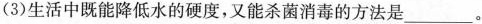
(3)生活中既能降低水的硬度，又能杀菌消毒的方法是___。